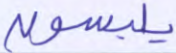
يلبسون